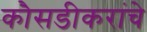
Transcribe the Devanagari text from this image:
कौसडीकरांचे